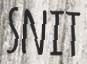
SNIT